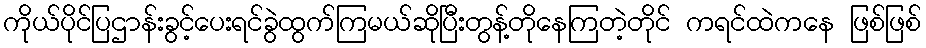
ကိုယ်ပိုင်ပြဌာန်းခွင့်ပေးရင်ခွဲထွက်ကြမယ်ဆိုပြီးတွန့်တိုနေကြတဲ့တိုင် ကရင်ထဲကနေ ဖြစ်ဖြစ်